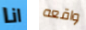
انا واقعه